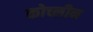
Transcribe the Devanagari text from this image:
कोच्लीन